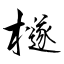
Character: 檖